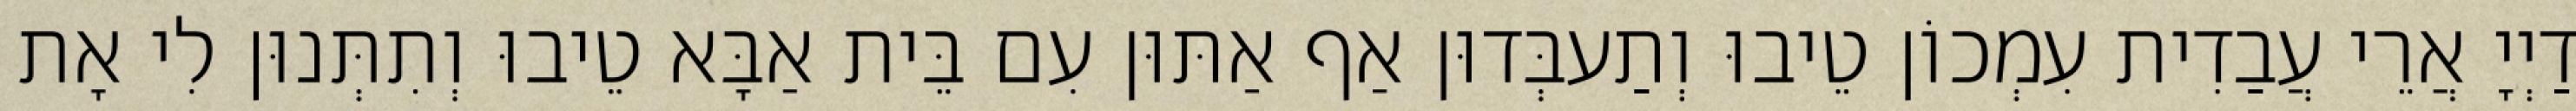
דַיְיָ אֲרֵי עֲבַדִית עִמְכוֹן טֵיבוּ וְתַעבְּדוּן אַף אַתּוּן עִם בֵּית אַבָּא טֵיבוּ וְתִתְּנוּן לִי אָת